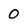
Character: 0